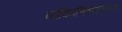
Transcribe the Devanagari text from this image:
व्यक्तिचित्रणाच्याच